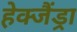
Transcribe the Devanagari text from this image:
हेक्जैंड्रा